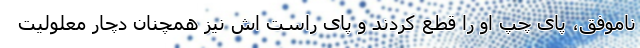
ناموفق، پای چپ او را قطع کردند و پای راست اش نیز همچنان دچار معلولیت